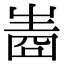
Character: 𤯧